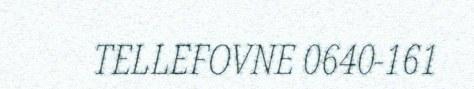
TELLEFOVNE 0640-161